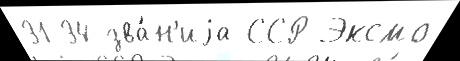
31-34 зва́н'иjа ССР Эксмо